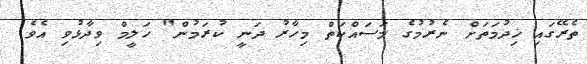
ތެރޭގައި ޚިދުމަތަށް ނެރުމުގެ މަސައްކަތް މިހާރު ދަނީ ކުރަމުން" ހަލީމް ވިދާޅުވި އެވެ.